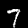
Digit: 7